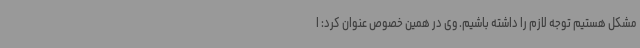
مشکل هستیم توجه لازم را داشته باشیم. وی در همین خصوص عنوان کرد: ا